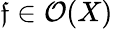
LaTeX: \mathfrak{f}\in{\mathcal{{O}}}(X)